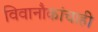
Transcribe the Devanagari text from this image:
विवानौकांचाही